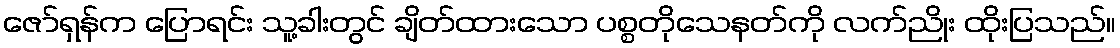
ဇော်ရှန်က ပြောရင်း သူ့ခါးတွင် ချိတ်ထားသော ပစ္စတိုသေနတ်ကို လက်ညိုး ထိုးပြသည်။